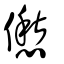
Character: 僽